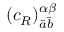
( c _ { R } ) _ { { \bar { a } } { \bar { b } } } ^ { \alpha \beta }